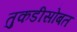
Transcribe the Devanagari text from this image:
तुकडीसोबत